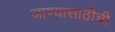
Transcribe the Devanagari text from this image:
जाण्यासाठीची